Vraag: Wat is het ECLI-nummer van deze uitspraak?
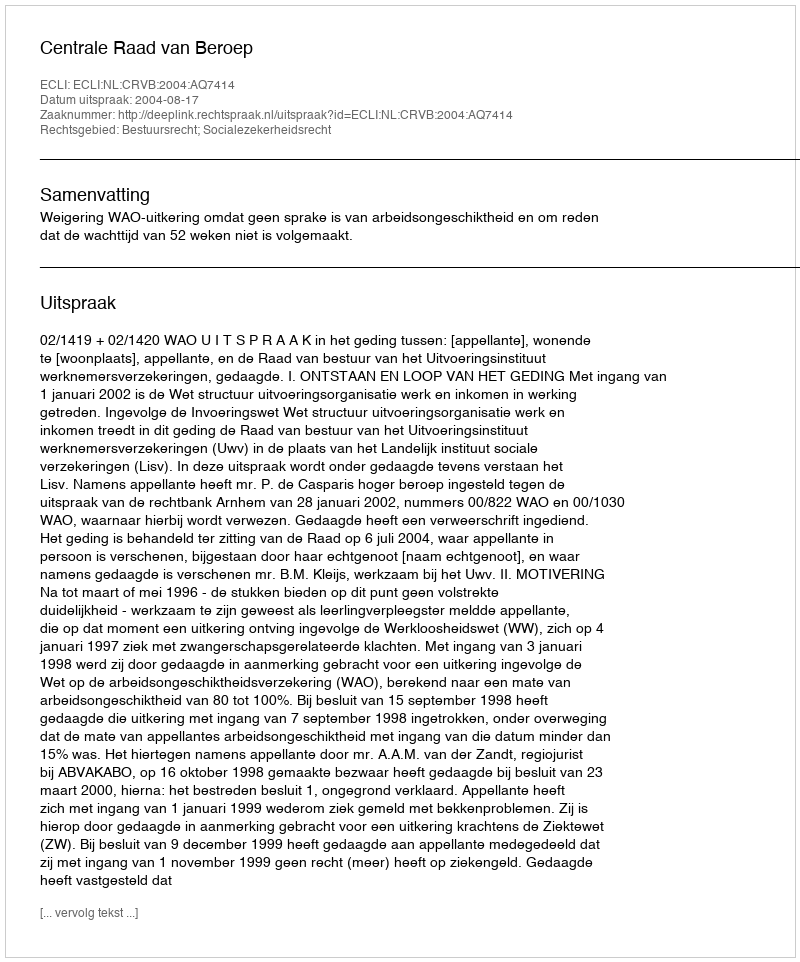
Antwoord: ECLI:NL:CRVB:2004:AQ7414